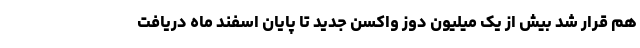
هم قرار شد بیش از یک میلیون دوز واکسن جدید تا پایان اسفند ماه دریافت